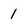
Character: 1